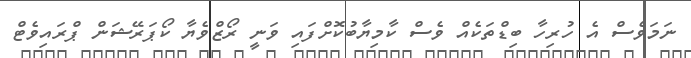
ނަމަވެސް އެ ހުރިހާ ބިޑްތަކެއް ވެސް ކާމިޔާބުކޮށްފައި ވަނީ ރޯޒްވެޔާ ކޯޕަރޭޝަން ޕްރައިވެޓް